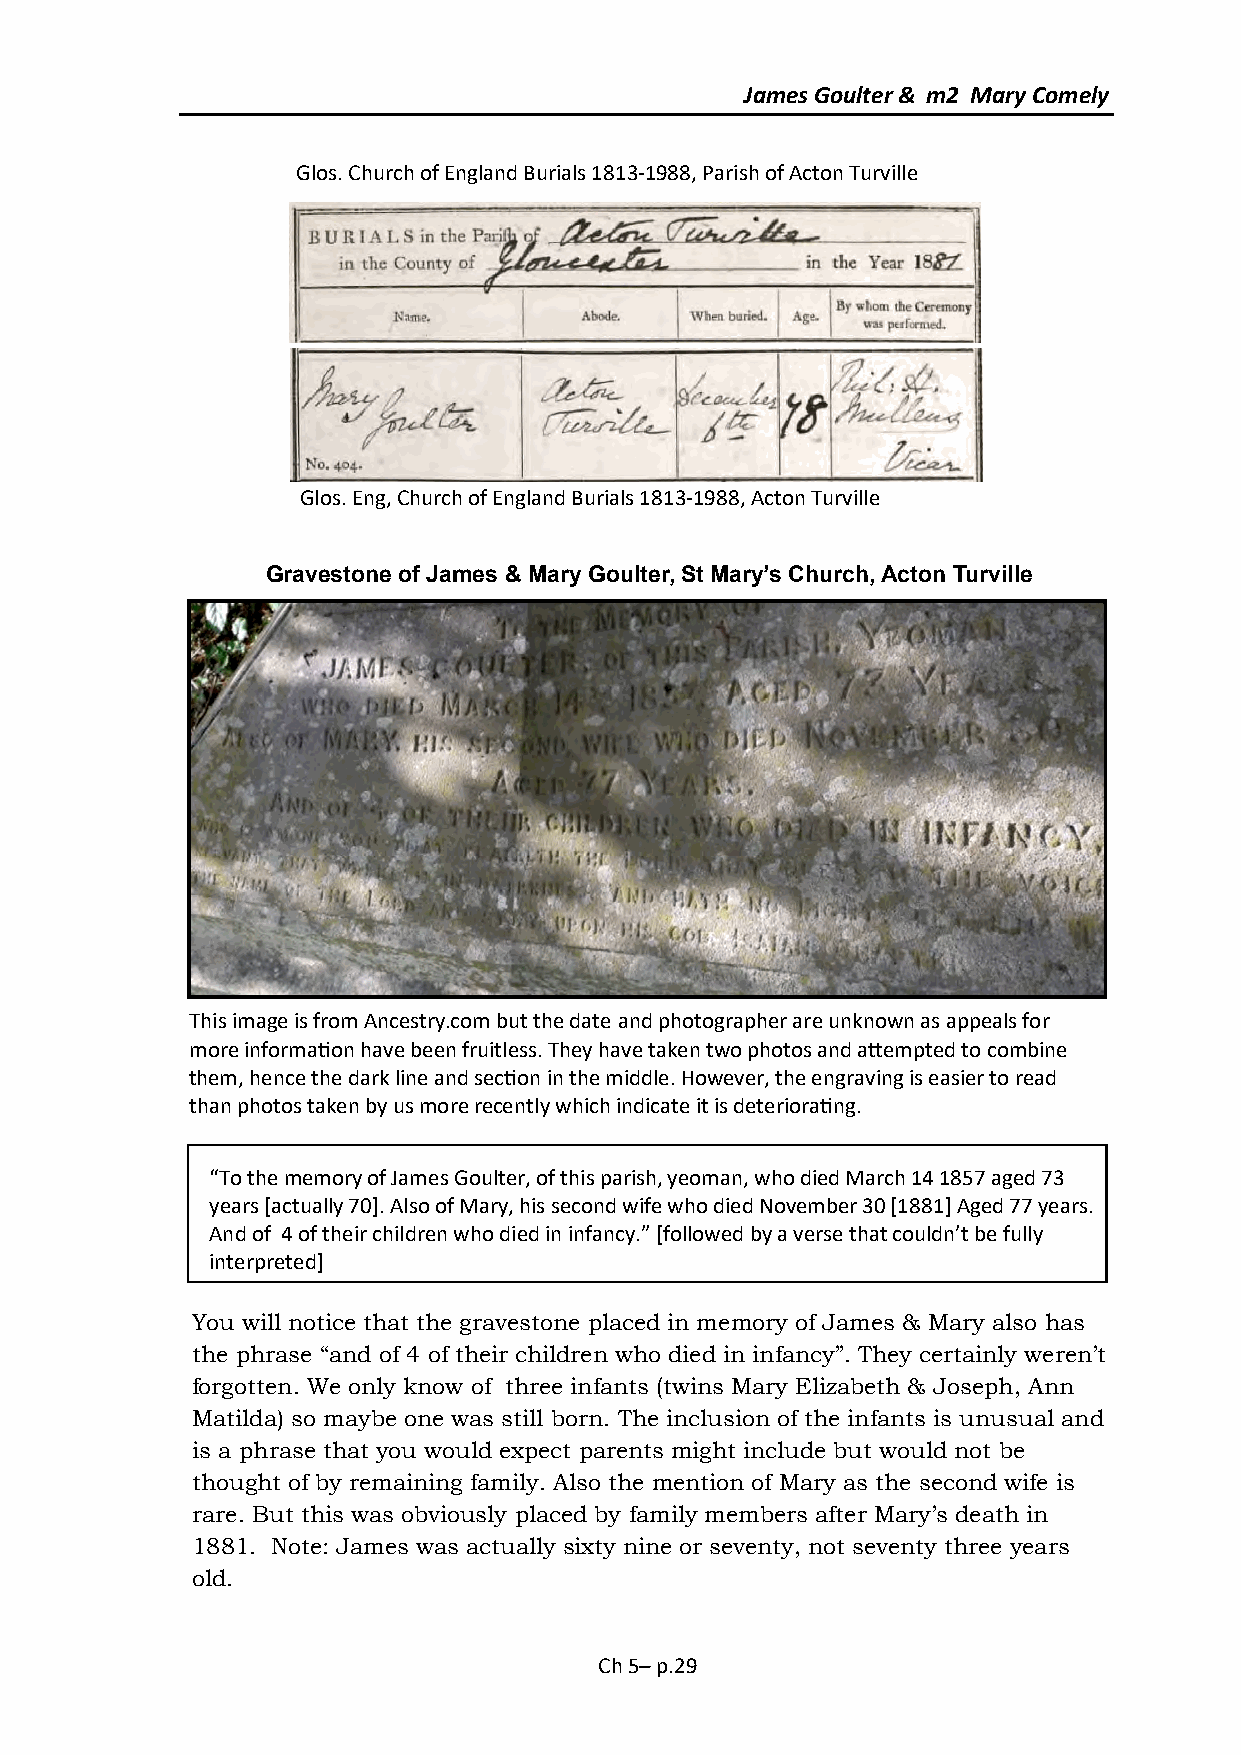
James Goulter & m2 Mary Comely
 Glos. Church of England Burials 1813-1988, Parish of Acton Turville
 Glos. Eng, Church of England Burials 1813-1988, Acton Turville
 Gravestone of James & Mary Goulter, St Mary’s Church, Acton Turville
 This image is from Ancestry.com but the date and photographer are unknown as appeals for
 more information have been fruitless. They have taken two photos and attempted to combine
 them, hence the dark line and section in the middle. However, the engraving is easier to read
 than photos taken by us more recently which indicate it is deteriorating.
 “To the memory of James Goulter, of this parish, yeoman, who died March 14 1857 aged 73
 years [actually 70]. Also of Mary, his second wife who died November 30 [1881] Aged 77 years.
 And of 4 of their children who died in infancy.” [followed by a verse that couldn’t be fully
 interpreted]
 You will notice that the gravestone placed in memory of James & Mary also has
 the phrase “and of 4 of their children who died in infancy”. They certainly weren’t
 forgotten. We only know of three infants (twins Mary Elizabeth & Joseph, Ann
 Matilda) so maybe one was still born. The inclusion of the infants is unusual and
 is a phrase that you would expect parents might include but would not be
 thought of by remaining family. Also the mention of Mary as the second wife is
 rare. But this was obviously placed by family members after Mary’s death in
 1881. Note: James was actually sixty nine or seventy, not seventy three years
 old.
 Ch 5– p.29